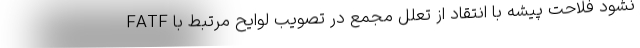
نشود فلاحت پیشه با انتقاد از تعلل مجمع در تصویب لوایح مرتبط با FATF